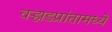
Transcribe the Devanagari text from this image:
वर्‍हाडप्रांतामध्ये